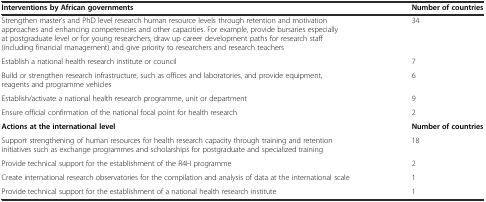
<table><thead><tr><td><b>Interventions by African governments</b></td><td><b>Number of countries</b></td></tr></thead><tbody><tr><td>Strengthen master’s and PhD level research human resource levels through retention and motivation approaches and enhancing competencies and other capacities. For example, provide bursaries especially at postgraduate level or for young researchers, draw up career development paths for research staff (including financial management) and give priority to researchers and research teachers</td><td>34</td></tr><tr><td>Establish a national health research institute or council</td><td>7</td></tr><tr><td>Build or strengthen research infrastructure, such as offices and laboratories, and provide equipment, reagents and programme vehicles</td><td>6</td></tr><tr><td>Establish/activate a national health research programme, unit or department</td><td>9</td></tr><tr><td>Ensure official confirmation of the national focal point for health research</td><td>2</td></tr><tr><td><b>Actions at the international level</b></td><td><b>Number of countries</b></td></tr><tr><td>Support strengthening of human resources for health research capacity through training and retention initiatives such as exchange programmes and scholarships for postgraduate and specialized training</td><td>18</td></tr><tr><td>Provide technical support for the establishment of the R4H programme</td><td>2</td></tr><tr><td>Create international research observatories for the compilation and analysis of data at the international scale</td><td>1</td></tr><tr><td>Provide technical support for the establishment of a national health research institute</td><td>1</td></tr></tbody></table>